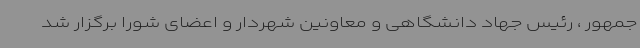
جمهور ، رئیس جهاد دانشگاهی و معاونین شهردار و اعضای شورا برگزار شد